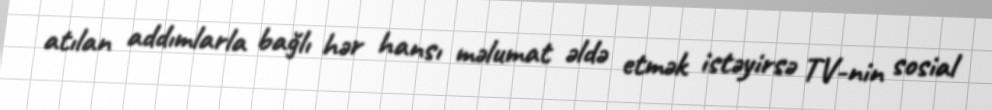
atılan addımlarla bağlı hər hansı məlumat əldə etmək istəyirsə TV-nin sosial